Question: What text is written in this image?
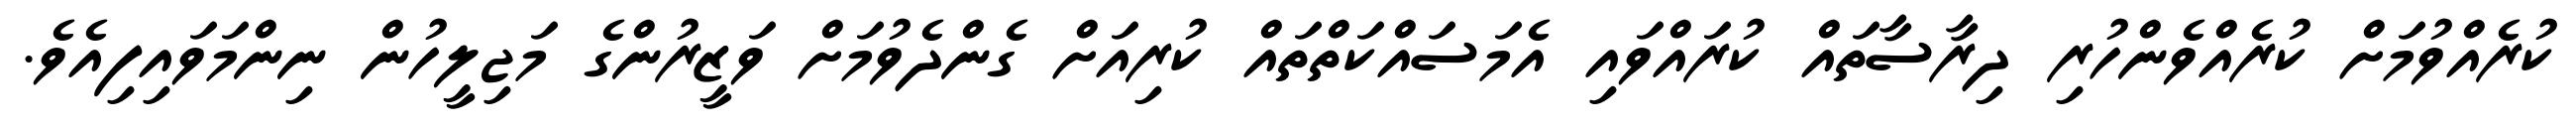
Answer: ކުރެއްވުމަށް ކުރެއްވެންހުރި ދިރާސާތައް ކުރައްވައި އެމަސައްކަތްތައް ކުރިއަށް ގެންދެވުމަށް ވަޒީރުންގެ މަޖިލީހުން ނިންމަވައިފިއެވެ.